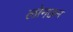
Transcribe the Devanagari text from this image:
लोनछन